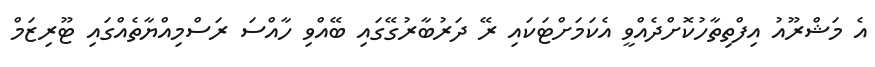
އެ މަޝްރޫއު އިފްތިތާހުކޮށްދެއްވީ އެކަމަށްޓަކައި ރޭ ދަރުބާރުގޭގައި ބޭއްވި ހާއްސަ ރަސްމިއްޔާތެއްގައި ޓޫރިޒަމް